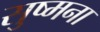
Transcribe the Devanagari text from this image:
सुष्मना